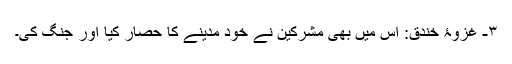
۳- غزوۂ خندق: اس میں بھی مشرکین نے خود مدینے کا حصار کیا اور جنگ کی۔